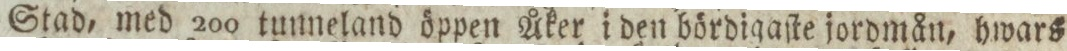
Stad, med 200 tunneland öppen Åker i den bördigaſte jordmån, hwars